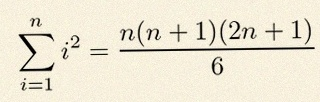
\sum_{i=1}^{n}i^2=\frac{n(n+1)(2n+1)}6